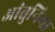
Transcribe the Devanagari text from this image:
आंतुनिया